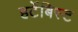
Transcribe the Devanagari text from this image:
हर्टेबिस्ट